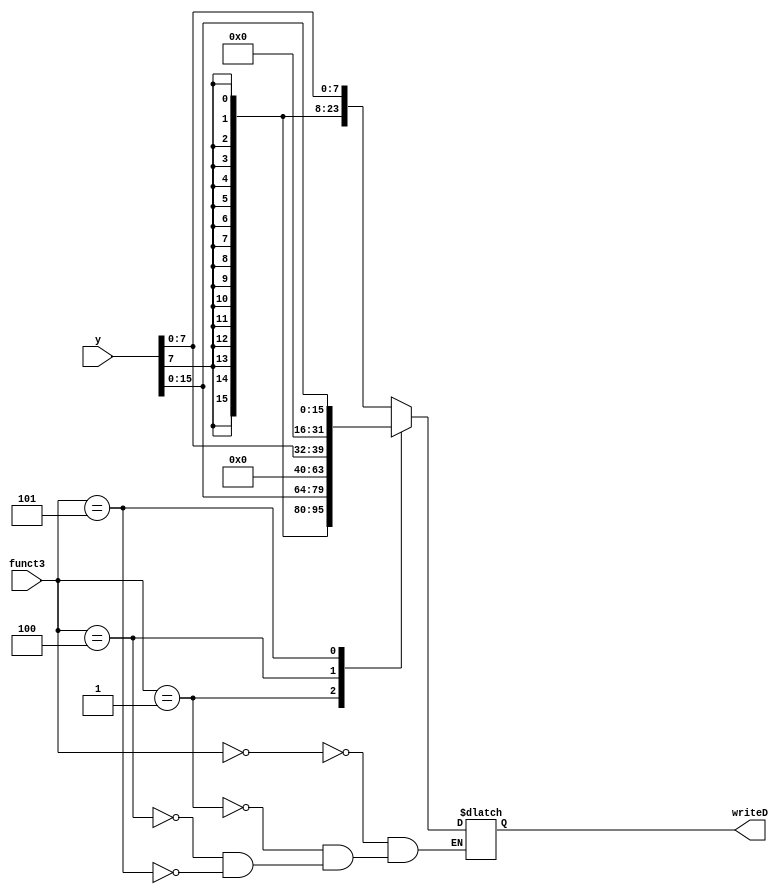
module loadExt (
    input [31:0]y,
    input [2:0] funct3,
    output reg [31:0] writeD
);
    always @(*) begin
        case (funct3)
            //sign-ext for byte
            0: writeD = {{24{y[7]}},y[7:0]};
            //sign-ext for half-word
            1: writeD = {{16{y[7]}},y[15:0]};
            //zero-ext for  byte
            4: writeD = {{24{1'b0}},y[7:0]};
            ////zero-ext for  half-word
            5: writeD = {{16{1'b0}},y[15:0]};
        endcase
    end
    
endmodule